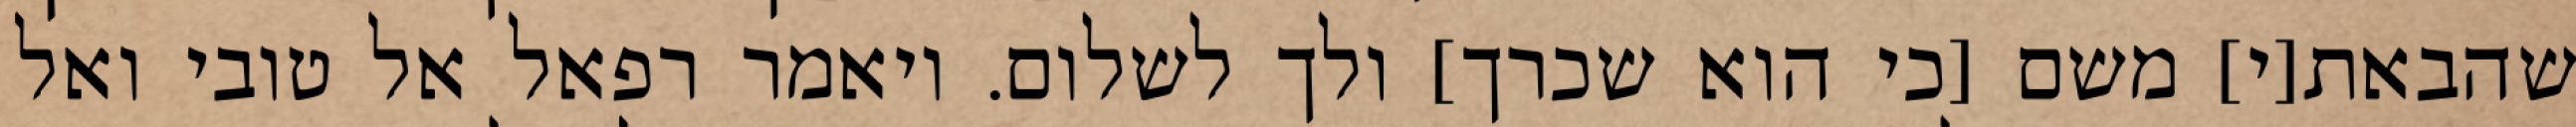
שהבאת[י] משם [כי הוא שכרך] ולך לשלום. ויאמר רפאל אל טובי ואל